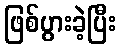
ဖြစ်ပွားခဲ့ပြီး